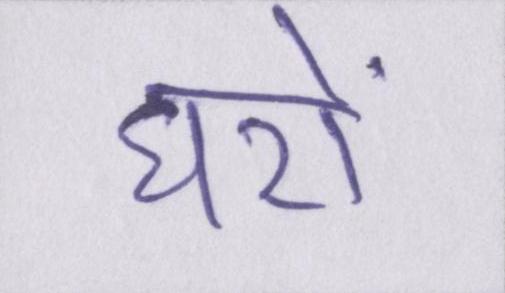
घरों